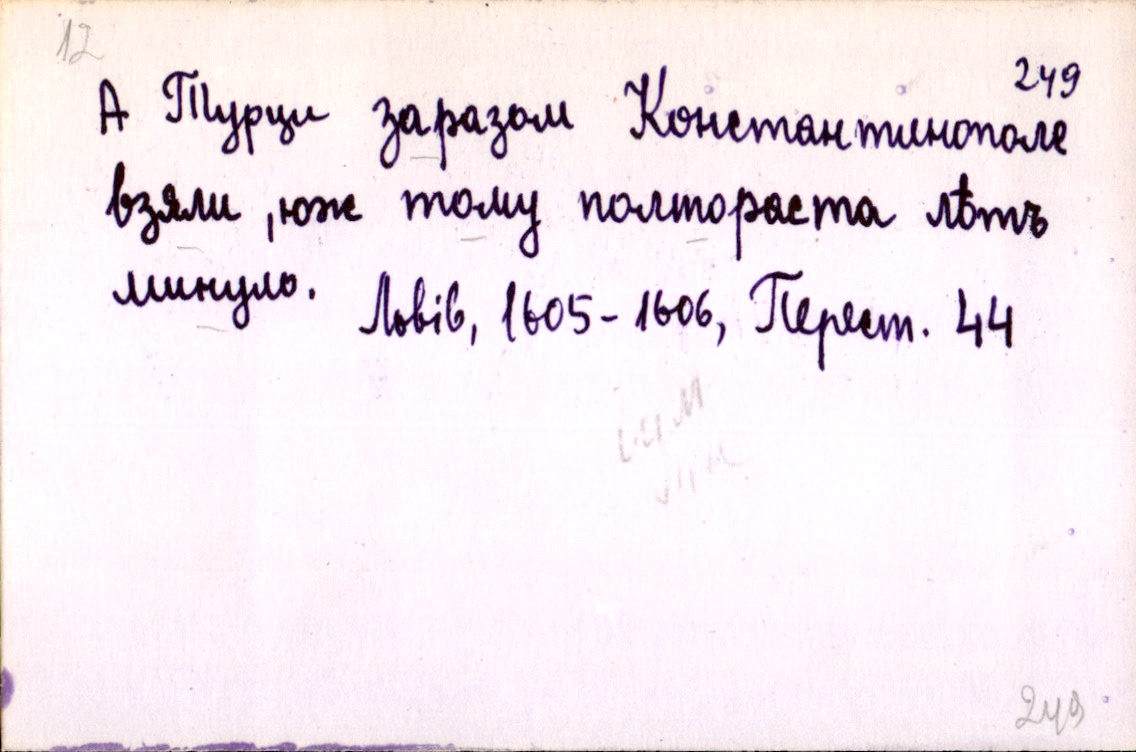
А Турци заразом Константинополе
взяли, юж тому полтораста лѣтъ
минуло.
Львів, 1605-1606, Перест. 44